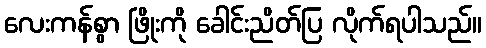
လေးကန်စွာ ဖြိုးကို ခေါင်းညိတ်ပြ လိုက်ရပါသည်။